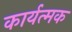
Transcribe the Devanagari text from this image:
कार्यत्मक